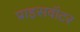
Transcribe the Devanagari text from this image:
प्राइसवॉटर